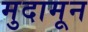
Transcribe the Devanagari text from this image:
मुदामून